Punjab Mental Hospital Lahore 1922-31 - 1922-1931
Year: 1922
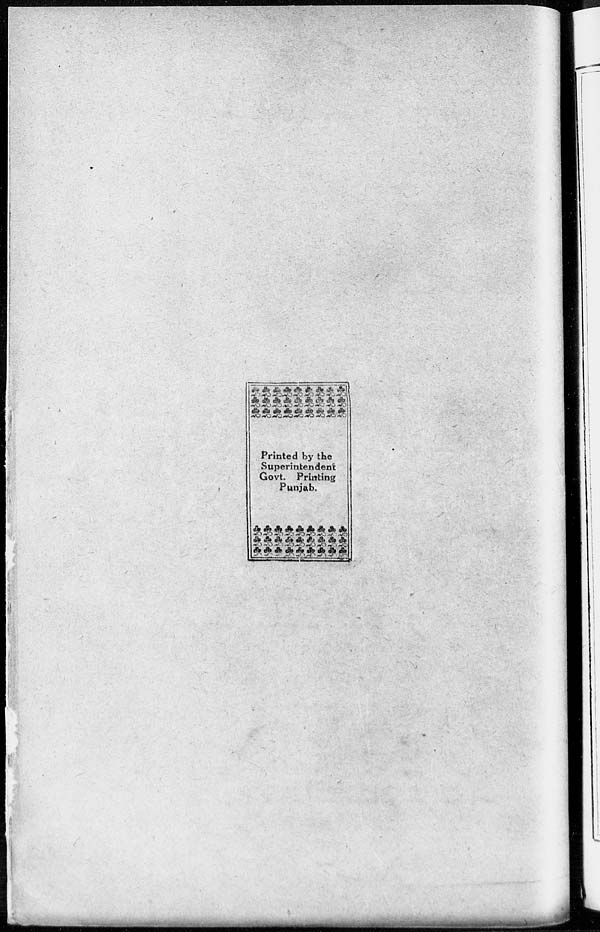
Printed by the
Superintendent
Govt. Printing
Punjab.